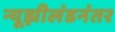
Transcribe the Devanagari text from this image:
न्यूझीलंडनंतर